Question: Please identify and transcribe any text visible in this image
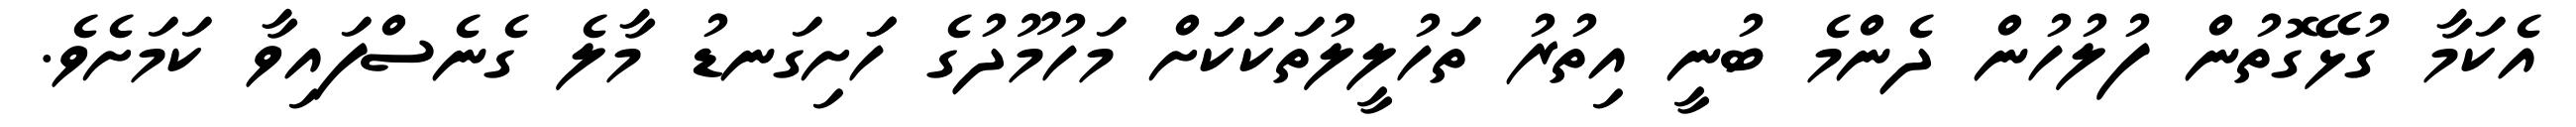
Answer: އެކަމާ ގުޅޭގޮތުން ފުލުހުން ދެންމެ ބުނީ އިތުރު ތަހުލީލުތަކަކަަށް މަހުމޫދުގެ ހަަށިގަނޑު މާލެ ގެނެސްފައިވާ ކަމަށެވެ.